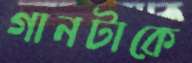
গানটাকে